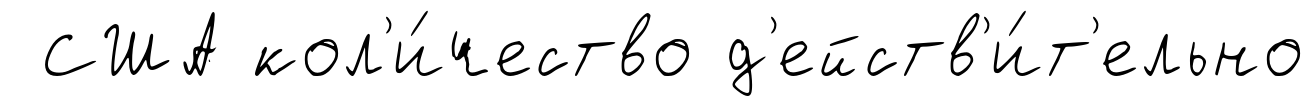
США кол'и́чество д'ейств'и́т'ельно